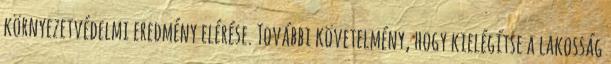
környezetvédelmi eredmény elérése. További követelmény, hogy kielégítse a lakosság